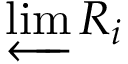
\varprojlim R _ { i }